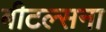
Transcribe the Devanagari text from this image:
बीटल्सना